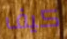
كيف